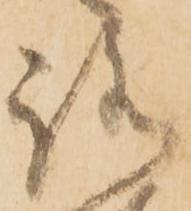
路